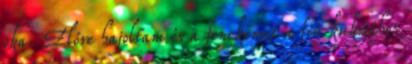
oka. Előre hajoltam és a fenekemet a fiú kukijához